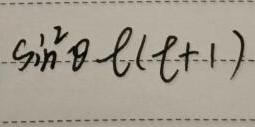
$\sin^{2}\theta\ell(\ell + 1)$